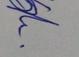
Signature authenticity: genuine